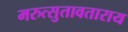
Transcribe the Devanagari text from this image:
मरुत्सुतावताराय